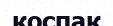
қоспақ